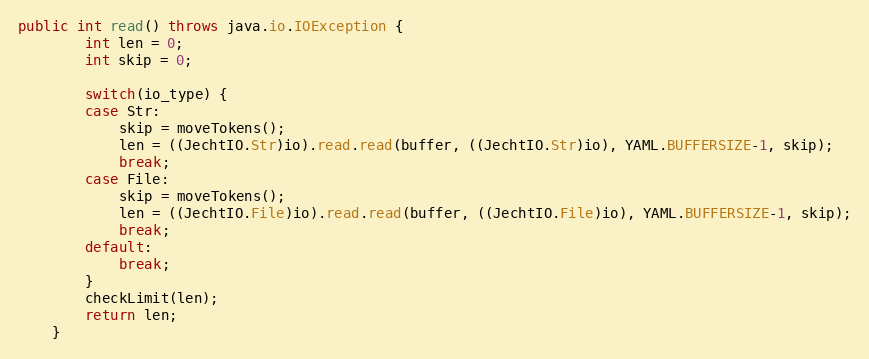
Language: Java
public int read() throws java.io.IOException {
        int len = 0;
        int skip = 0;

        switch(io_type) {
        case Str:
            skip = moveTokens();
            len = ((JechtIO.Str)io).read.read(buffer, ((JechtIO.Str)io), YAML.BUFFERSIZE-1, skip);
            break;
        case File:
            skip = moveTokens();
            len = ((JechtIO.File)io).read.read(buffer, ((JechtIO.File)io), YAML.BUFFERSIZE-1, skip);
            break;
        default:
            break;
        }
        checkLimit(len);
        return len;
    }